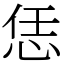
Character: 恁